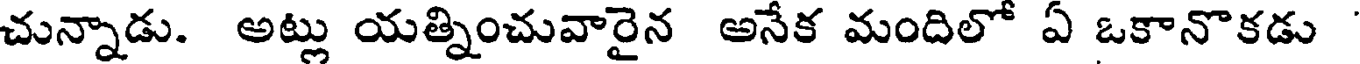
చున్నాడు. అట్లు యత్నించువారైన అనేక మందిలో ఏ ఒకానొకడు